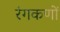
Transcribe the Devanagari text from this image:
रंगकणों